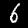
Digit: 6